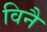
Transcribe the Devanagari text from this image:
विनै